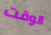
الوقت